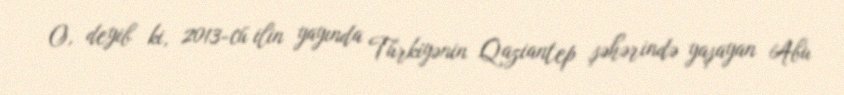
O, deyib ki, 2013-cü ilin yayında Türkiyənin Qaziantep şəhərində yaşayan Abu